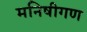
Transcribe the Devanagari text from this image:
मनिषीगण